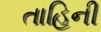
તાહિની